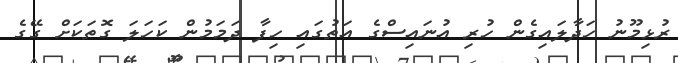
ރުޅިމޫނު ހަދާލައިގެން ހުރި އުނައިސްގެ އަތުގައި ހިފާ ދަމަމުން ކަހަލަ ގޮތަކަށް ގޭގެ